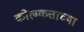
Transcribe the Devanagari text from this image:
कोलकत्ताच्या